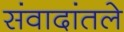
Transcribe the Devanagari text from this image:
संवादांतले